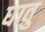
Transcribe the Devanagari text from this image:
धावु